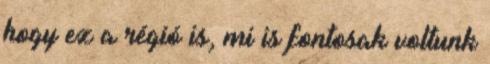
hogy ez a régió is, mi is fontosak voltunk